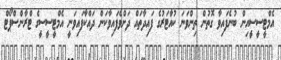
އެމްޓީސީސީއިން ބުނެފައިވާ ގޮތުން ތިންވަނަ ކުއާޓަރުގެ ފައިދާތައް ދަށްވެފައިވާކަން ދައްކާފައިވަނީ އެމްޓީސީސީގެ ޓްރާންސްޕޯޓް